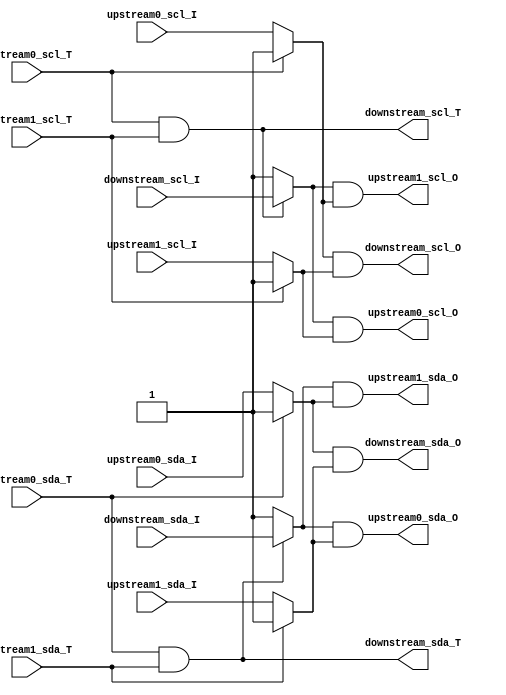
module i2c_hub
(
	input     upstream0_scl_T,
	input     upstream0_scl_I,
	output    upstream0_scl_O,
	input     upstream0_sda_T,
	input     upstream0_sda_I,
	output    upstream0_sda_O,
	input     upstream1_scl_T,
	input     upstream1_scl_I,
	output    upstream1_scl_O,
	input     upstream1_sda_T,
	input     upstream1_sda_I,
	output    upstream1_sda_O,
	
	
	output    downstream_scl_T,
	input     downstream_scl_I,
	output    downstream_scl_O,
	output    downstream_sda_T,
	input     downstream_sda_I,
	output    downstream_sda_O
);
//assign downstream_scl_T = upstream0_scl_T & upstream1_scl_T;
//assign downstream_scl_O = (upstream0_scl_T ? 1'b1 : upstream0_scl_I) & (upstream1_scl_T ? 1'b1 : upstream1_scl_I);
//assign downstream_sda_T = upstream0_sda_T & upstream1_sda_T;
//assign downstream_sda_O = (upstream0_sda_T ? 1'b1 : upstream0_sda_I) & (upstream1_sda_T ? 1'b1 : upstream1_sda_I);
// follows for spec proj
//assign upstream0_scl_O = downstream_scl_I;
//assign upstream0_sda_O = downstream_sda_I;
//assign upstream1_scl_O = downstream_scl_I;
//assign upstream1_sda_O = downstream_sda_I;
//// follows for spec proj
////assign upstream0_scl_O = downstream_scl_I & upstream1_scl_I;
////assign upstream0_sda_O = downstream_sda_I & upstream1_sda_I;
////assign upstream1_scl_O = downstream_scl_I & upstream0_scl_I;
////assign upstream1_sda_O = downstream_sda_I & upstream0_sda_I;

assign downstream_scl_T = upstream0_scl_T & upstream1_scl_T;
assign downstream_scl_O = (upstream0_scl_T ? 1'b1 : upstream0_scl_I) & (upstream1_scl_T ? 1'b1 : upstream1_scl_I);
assign upstream0_scl_O=((upstream0_scl_T & upstream1_scl_T) ? downstream_scl_I : 1'b1) & (upstream1_scl_T ? 1'b1 : upstream1_scl_I);
assign upstream1_scl_O=((upstream0_scl_T & upstream1_scl_T) ? downstream_scl_I : 1'b1) & (upstream0_scl_T ? 1'b1 : upstream0_scl_I);

assign downstream_sda_T = upstream0_sda_T & upstream1_sda_T;
assign downstream_sda_O = (upstream0_sda_T ? 1'b1 : upstream0_sda_I) & (upstream1_sda_T ? 1'b1 : upstream1_sda_I);
assign upstream0_sda_O=((upstream0_sda_T & upstream1_sda_T) ? downstream_sda_I : 1'b1) & (upstream1_sda_T ? 1'b1 : upstream1_sda_I);
assign upstream1_sda_O=((upstream0_sda_T & upstream1_sda_T) ? downstream_sda_I : 1'b1) & (upstream0_sda_T ? 1'b1 : upstream0_sda_I);
// slave device, upstream1_scl_T=1, upstream1_scl_I=1 
endmodule


/*
I->|||<->IO
O<-|||


T==1, then left input, O=IO,I=X(don't care)
T==1, O<-IO

T==0, then left output, IO=I,O=X(don't care)
T==0, I->IO

IO=T?1:I
O=T?IO:1


Ta0->||||
Ia0->||||
Oa0<-||||Tb->
     ||||Ob->
Ta1->||||Ib-<
Ia1->||||
Oa1<-||||

slave device, Ta1_scl=1, Ia1_scl=1 

if(Ta0==0 && Ta1==1)
then Tb=0, Ob=Ia0,Oa1=Ia0,  Oa0=1(x),Ib=x
if(Ta0==1 && Ta1==0)
then Tb=0, Ob=Ia1,Oa0=Ia1,  Oa1=1(x),Ib=x
if(Ta0==1 && Ta1==1)
then Tb=1, Oa0=Ib,Oa1=Ib,   Ob=1(x),Ia0=x,Ia1=x


assign Tb = Ta0 & Ta1;
assign Ob = (Ta0 ? 1'b1 : Ia0) & (Ta1 ? 1'b1 : Ia1);
//assign Oa1 = Ib & Ia0;
assign Oa0 = (Tb?Ib:1'b1)&(Ta1?1'b1:Ia1) = ((Ta0 & Ta1)?Ib:1'b1)&(Ta1?1'b1:Ia1)
assign Oa1 = (Tb?Ib:1'b1)&(Ta0?1'b1:Ia0) = ((Ta0 & Ta1)?Ib:1'b1)&(Ta0?1'b1:Ia0)


 if(Ta0==0 && Ta1==0)
then Tb=0 Ob=Ia0&Ia1, Oa0=Ia1, Oa1=Ia0

assign downstream_scl_T = upstream0_scl_T & upstream1_scl_T;
assign downstream_scl_O = (upstream0_scl_T ? 1'b1 : upstream0_scl_I) & (upstream1_scl_T ? 1'b1 : upstream1_scl_I);
assign upstream0_scl_O=((upstream0_scl_T & upstream1_scl_T) ? downstream_scl_I : 1'b1) & (upstream1_scl_T ? 1'b1 : upstream1_scl_I);
assign upstream1_scl_O=((upstream0_scl_T & upstream1_scl_T) ? downstream_scl_I : 1'b1) & (upstream0_scl_T ? 1'b1 : upstream0_scl_I);

assign downstream_sda_T = upstream0_sda_T & upstream1_sda_T;
assign downstream_sda_O = (upstream0_sda_T ? 1'b1 : upstream0_sda_I) & (upstream1_sda_T ? 1'b1 : upstream1_sda_I);
assign upstream0_sda_O=((upstream0_sda_T & upstream1_sda_T) ? downstream_sda_I : 1'b1) & (upstream1_sda_T ? 1'b1 : upstream1_sda_I);
assign upstream1_sda_O=((upstream0_sda_T & upstream1_sda_T) ? downstream_sda_I : 1'b1) & (upstream0_sda_T ? 1'b1 : upstream0_sda_I);
*/